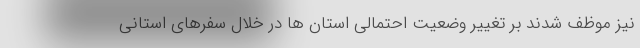
نیز موظف شدند بر تغییر وضعیت احتمالی استان ها در خلال سفرهای استانی